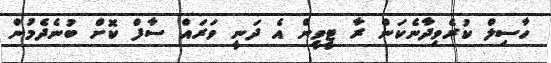
ހާސިލް ކުރެވިދާނެކަން ރާ ޓީވީން އެ ދަނީ ވަރައް ސާފް ކޮށް ބުނެދެމުން